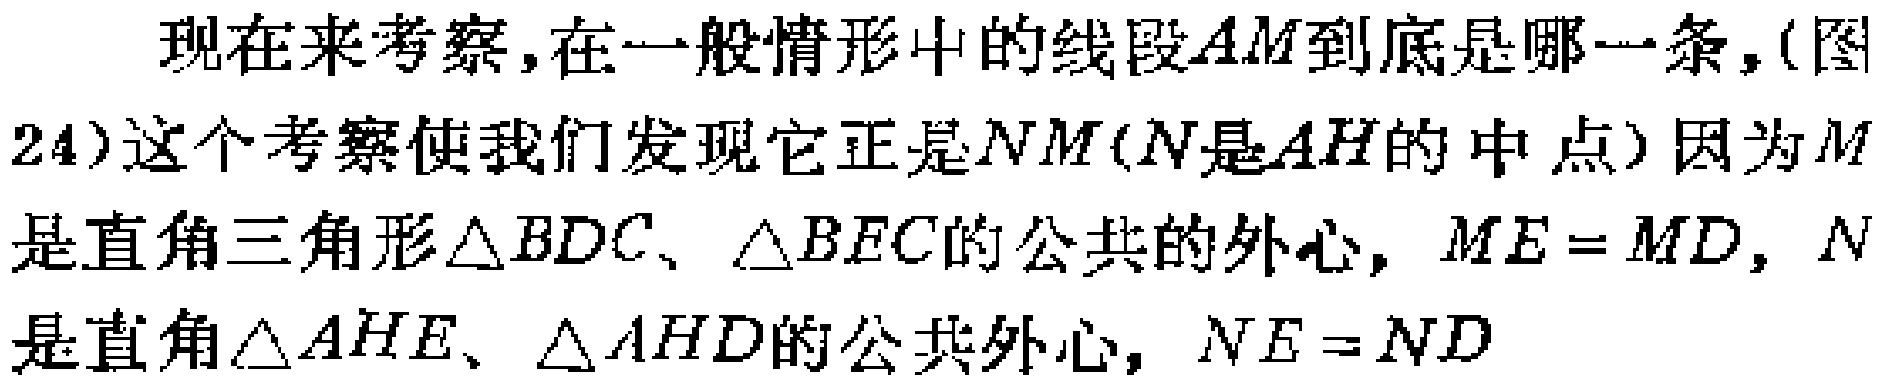
现在来考察,在一般情形中的线段\(AM\)到底是哪一条,(图24)这个考察使我们发现它正是\(NM\)(\(N\)是\(AH\)的中点)因为\(M\)是直角三角形\(\triangle BDC\)、\(\triangle BEC\)的公共的外心, \(ME = MD\), \(N\)是直角\(\triangle AHE\)、\(\triangle AHD\)的公共外心, \(NE = ND\)